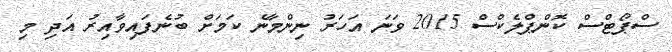
ސްޕޯޓްސް ކޮންޕްލެކްސް 2015 ވަނަ އަހަރު ނިންމާނެ ކަމަށް ބުނެފައިވާއިރު އަދި މި